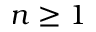
n \geq 1